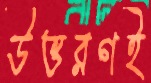
উত্তরণই